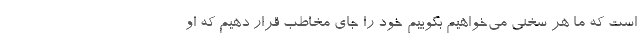
است که ما هر سخنی می‌خواهیم بگوییم خود را جای مخاطب قرار دهیم که او